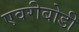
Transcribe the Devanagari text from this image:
एवरीबोडी